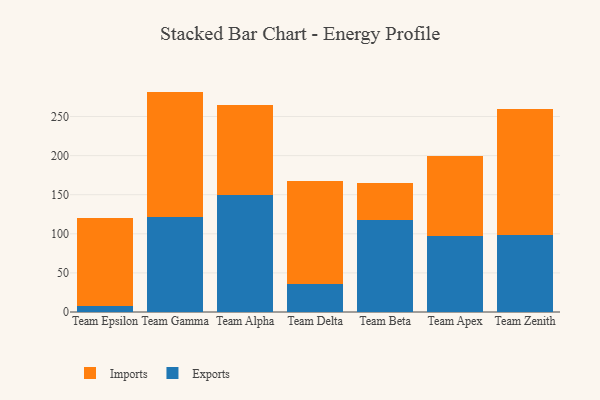
{"axis": {"x": "Team", "y": "Latency (ms)"}, "legend": ["Exports", "Imports"], "data": [{"x": "Team Epsilon", "y": 7.2, "type": "Exports"}, {"x": "Team Epsilon", "y": 112.9, "type": "Imports"}, {"x": "Team Gamma", "y": 122.1, "type": "Exports"}, {"x": "Team Gamma", "y": 159.8, "type": "Imports"}, {"x": "Team Alpha", "y": 149.8, "type": "Exports"}, {"x": "Team Alpha", "y": 115.0, "type": "Imports"}, {"x": "Team Delta", "y": 35.5, "type": "Exports"}, {"x": "Team Delta", "y": 131.9, "type": "Imports"}, {"x": "Team Beta", "y": 117.5, "type": "Exports"}, {"x": "Team Beta", "y": 48.1, "type": "Imports"}, {"x": "Team Apex", "y": 97.7, "type": "Exports"}, {"x": "Team Apex", "y": 102.0, "type": "Imports"}, {"x": "Team Zenith", "y": 98.2, "type": "Exports"}, {"x": "Team Zenith", "y": 161.7, "type": "Imports"}]}